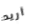
أريد